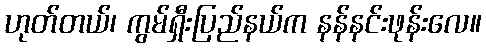
ဟုတ်တယ်၊ ကွမ်ရှီးပြည်နယ်က နန်နင်းဖုန်းလေ။